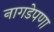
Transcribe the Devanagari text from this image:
नागडेपणा